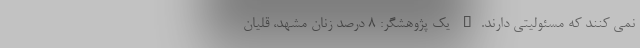
نمی کنند که مسئولیتی دارند." یک پژوهشگر: 8 درصد زنان مشهد، قلیان